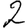
Digit: 2